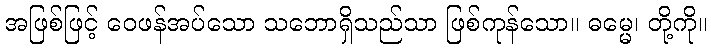
အဖြစ်ဖြင့် ဝေဖန်အပ်သော သဘောရှိသည်သာ ဖြစ်ကုန်သော။ ဓမ္မေ၊ တို့ကို။